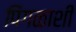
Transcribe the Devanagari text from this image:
पिंगळाशी